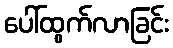
ပေါ်ထွက်လာခြင်း